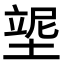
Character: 𡎿